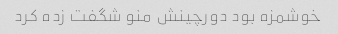
خوشمزه بود دورچینش منو شگفت زده کرد